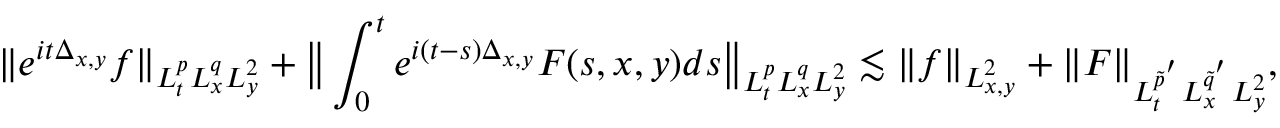
\| e ^ { i t \Delta _ { x , y } } f \| _ { L _ { t } ^ { p } L _ { x } ^ { q } L _ { y } ^ { 2 } } + \big \| \int _ { 0 } ^ { t } e ^ { i ( t - s ) \Delta _ { x , y } } F ( s , x , y ) d s \big \| _ { L _ { t } ^ { p } L _ { x } ^ { q } L _ { y } ^ { 2 } } \lesssim \| f \| _ { L _ { x , y } ^ { 2 } } + \| F \| _ { L _ { t } ^ { \tilde { p } ^ { ' } } L _ { x } ^ { \tilde { q } ^ { ' } } L _ { y } ^ { 2 } } ,